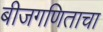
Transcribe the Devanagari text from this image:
बीजगणिताचा